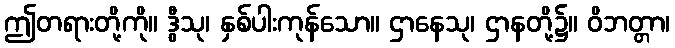
ဤတရားတို့ကို။ ဒွီသု၊ နှစ်ပါးကုန်သော။ ဌာနေသု၊ ဌာနတို့၌။ ဝိဘတ္တာ၊